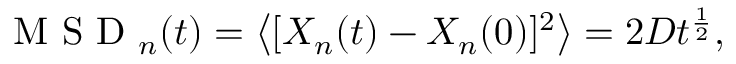
\mathrm { ~ M ~ S ~ D ~ } _ { n } ( t ) = \left< [ X _ { n } ( t ) - X _ { n } ( 0 ) ] ^ { 2 } \right> = 2 D t ^ { \frac { 1 } { 2 } } ,